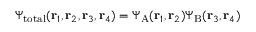
\Psi _ { \mathrm { t o t a l } } ( \mathbf { r } _ { 1 } , \mathbf { r } _ { 2 } , \mathbf { r } _ { 3 } , \mathbf { r } _ { 4 } ) = \Psi _ { \mathrm { A } } ( \mathbf { r } _ { 1 } , \mathbf { r } _ { 2 } ) \Psi _ { \mathrm { B } } ( \mathbf { r } _ { 3 } , \mathbf { r } _ { 4 } )